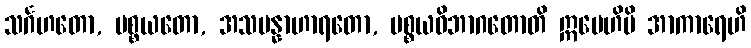
သင်္ဂဟတော, ပစ္စယတော, အသမန္နာဟာရတော, ပစ္စယဝိဘာဂတောတိ ဣမေဟိပိ အာကာရေဟိ